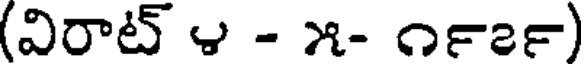
(విరాట్ ౪ - ౫- ౧౯౭౯)